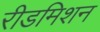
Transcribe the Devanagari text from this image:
रीडमिशन